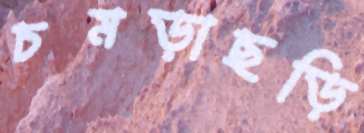
চমড়াছড়ি